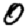
Digit: 0